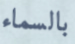
بالسماء